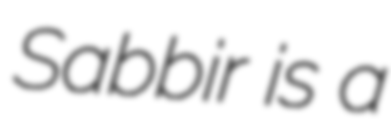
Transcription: Sabbir is a